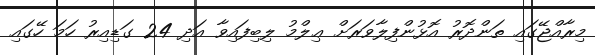
މިރާއްޖޭގައި ތަންދޮރު އޮޅުންފިލާވަރަށް ޢިލްމު ލިބިފައިވާ އަދި 24 ގަޑިއިރު ހަމަ ހޭގައި